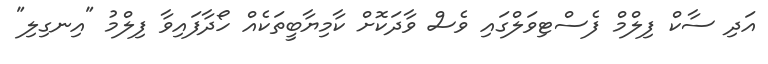
އަދި ސާކް ފިލްމް ފެސްޓިވަލްގައި ވެސް ވާދަކޮށް ކާމިޔާބީތަކެއް ހޯދާފަައިވާ ފިލްމު "އިނގިލި"